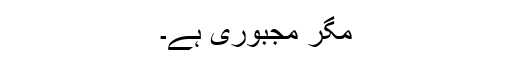
مگر مجبوری ہے۔